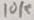
Text: 10K